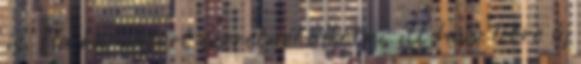
is. Ha karaktert szeretnél alkotni, itt hozz létre új